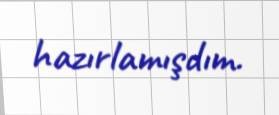
hazırlamışdım.